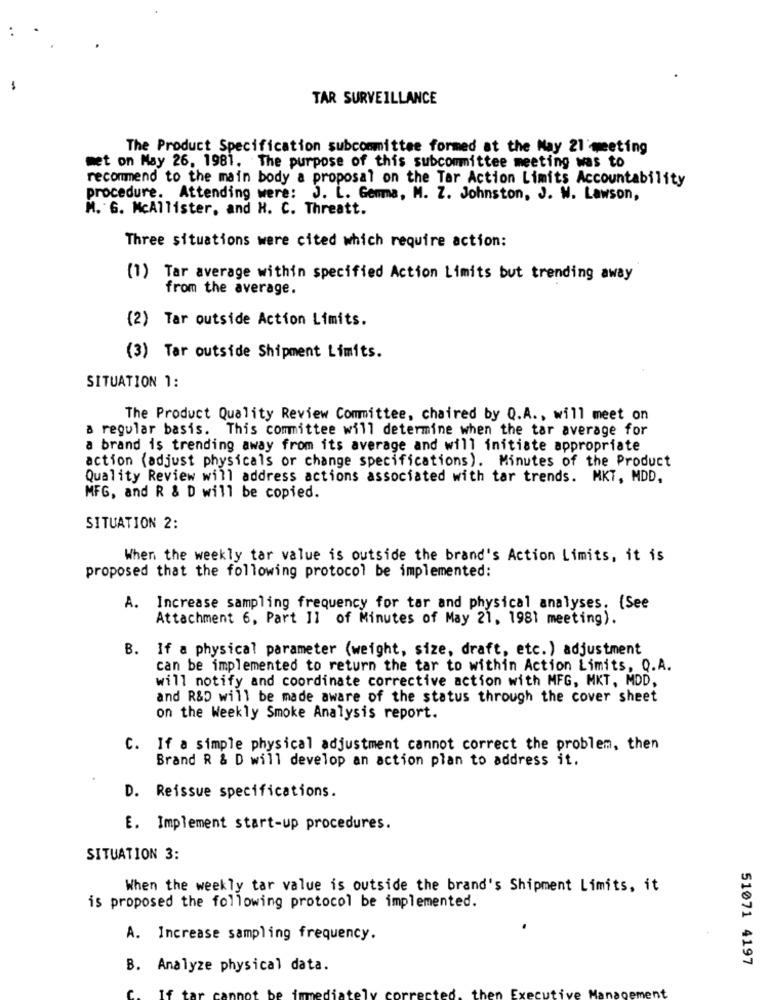
-
TAR SURVEILLANCE
The Product Specification subcommittee formed at the May 21 meeting
met on May 26. 1981. The purpose of this subcommittee meeting was to
recommend to the main body a proposal on the Tar Action Limits Accountability
procedure. Attending were: J. L. Gemma, M. Z. Johnston, J. W. Lawson,
M. G. McAllister, and H. C. Threatt.
Three situations were cited which require action:
(1) Tar average within specified Action Limits but trending away
from the average.
(2) Tar outside Action Limits.
(3) Tar outside Shipment Limits.
SITUATION 1:
The Product Quality Review Committee, chaired by Q.A ., will meet on
a regular basis. This committee will determine when the tar average for
a brand is trending away from its average and will initiate appropriate
action (adjust physicals or change specifications). Minutes of the Product
Quality Review will address actions associated with tar trends. MKT, MDD.
MFG, and R & D will be copied.
SITUATION 2:
When the weekly tar value is outside the brand's Action Limits, it is
proposed that the following protocol be implemented:
A. Increase sampling frequency for tar and physical analyses. {See
Attachment 6, Part Il of Minutes of May 21, 1981 meeting).
B. If a physical parameter (weight, size, draft, etc.) adjustment
can be implemented to return the tar to within Action Limits, Q.A.
will notify and coordinate corrective action with MFG, MKT, MDD,
and R&D will be made aware of the status through the cover sheet
on the Weekly Smoke Analysis report.
C. If a simple physical adjustment cannot correct the problem, then
Brand R & D will develop an action plan to address it.
D. Reissue specifications.
E. Implement start-up procedures.
SITUATION 3:
When the weekly tar value is outside the brand's Shipment Limits, it
is proposed the following protocol be implemented.
A. Increase sampling frequency.
51071 4197
B. Analyze physical data.